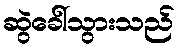
ဆွဲခေါ်သွားသည်